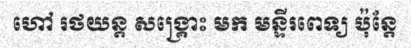
ហៅ រថយន្ត សង្គ្រោះ មក មន្ទីរពេទ្យ ប៉ុន្តែ